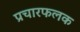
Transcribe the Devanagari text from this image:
प्रचारफलक